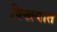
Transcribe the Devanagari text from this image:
विखयात